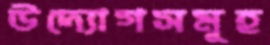
উদ্যোগসমূহ